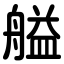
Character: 艗